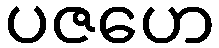
ပဇဟေ